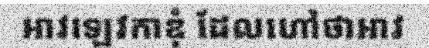
អាវឡេវកាឌុំ ដែលហៅថាអាវ